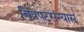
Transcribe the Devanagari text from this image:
चित्रपटसंन्यास